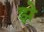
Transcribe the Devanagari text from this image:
झे